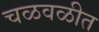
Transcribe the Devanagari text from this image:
चळवळीत